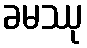
ခမဿု